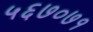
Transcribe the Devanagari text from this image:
५६७०७१